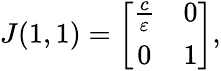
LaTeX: \begin{array}{r}{J(1,1)=\left[{\begin{array}{cc}{\frac{c}{\varepsilon}}&{0}\\ {0}&{1}\end{array}}\right],}\end{array}